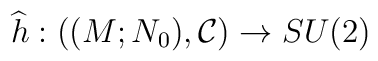
\widehat{h}:((M;N_{0}),\mathcal{C})\rightarrow SU(2)